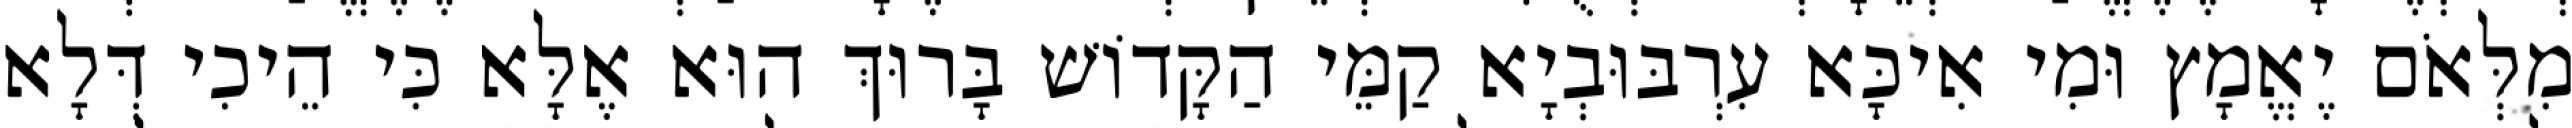
מִלְּאֹם יֶאֱמָץ וּמִי אִיכָּא עִרְבּוּבְיָא קַמֵּי הַקָּדוֹשׁ בָּרוּךְ הוּא אֶלָּא כִּי הֵיכִי דְּלָא